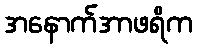
အနောက်အာဖရိက